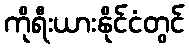
ကိုရီးယားနိုင်ငံတွင်